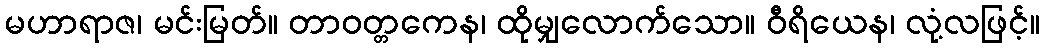
မဟာရာဇ၊ မင်းမြတ်။ တာဝတ္တကေန၊ ထိုမျှလောက်သော။ ဝီရိယေန၊ လုံ့လဖြင့်။